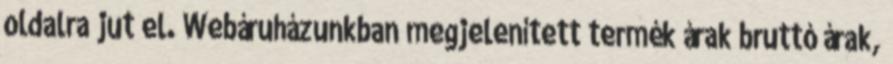
oldalra jut el. Webáruházunkban megjelenített termék árak bruttó árak,